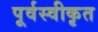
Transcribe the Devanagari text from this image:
पूर्वस्वीकृत